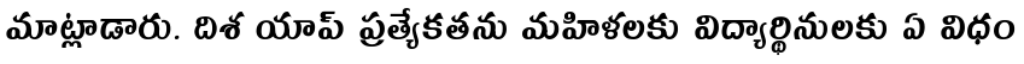
మాట్లాడారు. దిశ యాప్ ప్రత్యేకతను మహిళలకు విద్యార్థినులకు ఏ విధం